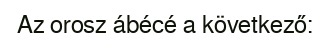
Az orosz ábécé a következő: